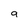
Character: 9